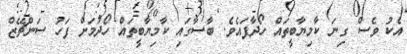
އެކު ވެސް ގިނަ ކާމިޔާބީތައް ހޯދާފައެވެ. ބާސާގައި ކާމިޔާބީތައް ހޯދުމަށް ފަހު ސަންޗޭޒް